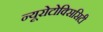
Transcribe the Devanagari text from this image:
न्यूरोटोक्सिसिटी